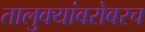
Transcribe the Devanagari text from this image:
तालुक्यांबरोबरच